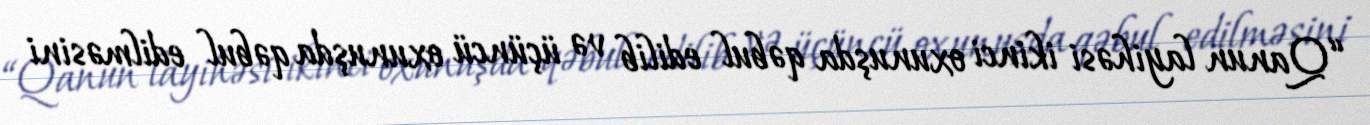
“Qanun layihəsi ikinci oxunuşda qəbul edilib və üçüncü oxunuşda qəbul edilməsini